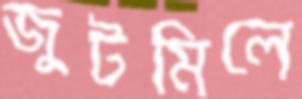
জুটমিলে